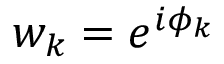
w _ { k } = e ^ { i \phi _ { k } }